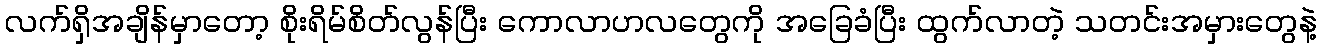
လက်ရှိအချိန်မှာတော့ စိုးရိမ်စိတ်လွန်ပြီး ကောလာဟလတွေကို အခြေခံပြီး ထွက်လာတဲ့ သတင်းအမှားတွေနဲ့